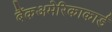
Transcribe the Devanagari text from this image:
बैंकअमेरिकाकार्ड